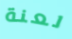
لعنة